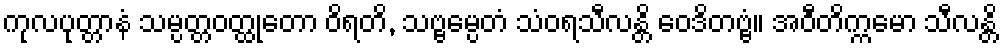
ကုလပုတ္တာနံ သမ္ပတ္တဝတ္ထုတော ဝိရတိ, သဗ္ဗမ္ပေတံ သံဝရသီလန္တိ ဝေဒိတဗ္ဗံ။ အဝီတိက္ကမော သီလန္တိ